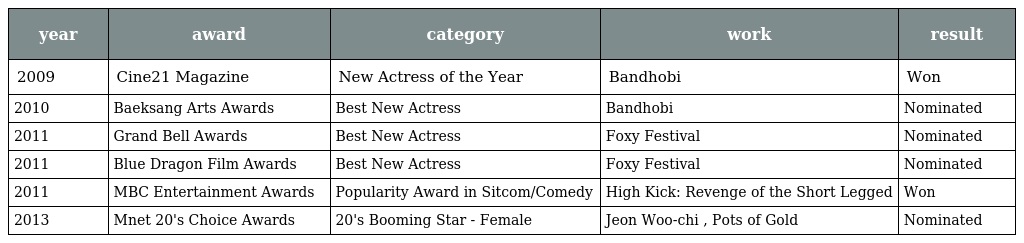
| year | award | category | work | result |
 | --- | --- | --- | --- | --- |
 | 2009 | Cine21 Magazine | New Actress of the Year | Bandhobi | Won |
 | 2010 | Baeksang Arts Awards | Best New Actress | Bandhobi | Nominated |
 | 2011 | Grand Bell Awards | Best New Actress | Foxy Festival | Nominated |
 | 2011 | Blue Dragon Film Awards | Best New Actress | Foxy Festival | Nominated |
 | 2011 | MBC Entertainment Awards | Popularity Award in Sitcom/Comedy | High Kick: Revenge of the Short Legged | Won |
 | 2013 | Mnet 20's Choice Awards | 20's Booming Star - Female | Jeon Woo-chi , Pots of Gold | Nominated |